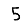
Digit: 5